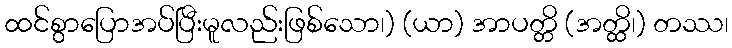
ထင်စွာပြောအပ်ပြီးမူလည်းဖြစ်သော၊) (ယာ) အာပတ္တိ (အတ္ထိ၊) တဿ၊